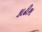
કાઢીશ